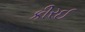
કીરઈ